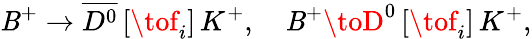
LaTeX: \mathit{B}^{+}\to\overline{{{{D^{0}}}}}\, [\tof_{i}]\, K^{+},\quad\mathit{B}^{+}\toD^{0}\, [\tof_{i}]\, K^{+},